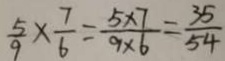
\frac { 5 } { 9 } \times \frac { 7 } { 6 } = \frac { 5 \times 7 } { 9 \times 6 } = \frac { 3 5 } { 5 4 }